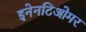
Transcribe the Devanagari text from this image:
इनेनटिओमर